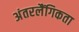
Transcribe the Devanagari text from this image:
अंतरलैंगिकता